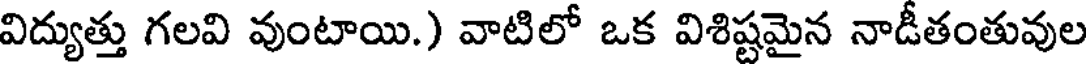
విద్యుత్తు గలవి వుంటాయి.) వాటిలో ఒక విశిష్టమైన నాడీతంతువుల